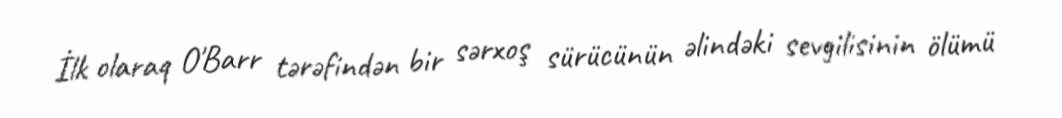
İlk olaraq O'Barr tərəfindən bir sərxoş sürücünün əlindəki sevgilisinin ölümü